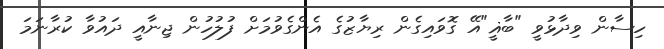
ހިސާން ވިދާޅުވީ "ބާޣީ"އޭ ގޮވައިގެން ރިޔާޒުގެ އެންގެވުމަށް ފުލުހުން ޖިނާއީ ދައުވާ ކުރާނަމަ